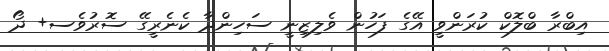
އިބްރާ ބްލޮކް ކުރަންވީ އޭގެ ފަހުން ވެލިޒިނީ ސަހިންދާ ކެނެރީގޭ ސޮރުވެސ+ ދޯ